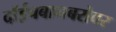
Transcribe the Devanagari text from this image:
दॉईचबानबरोबर